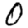
Digit: 0